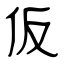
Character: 仮